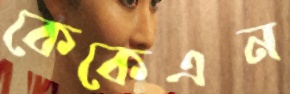
কেকেএন